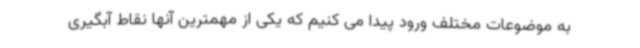
به موضوعات مختلف ورود پیدا می کنیم که یکی از مهمترین آنها نقاط آبگیری